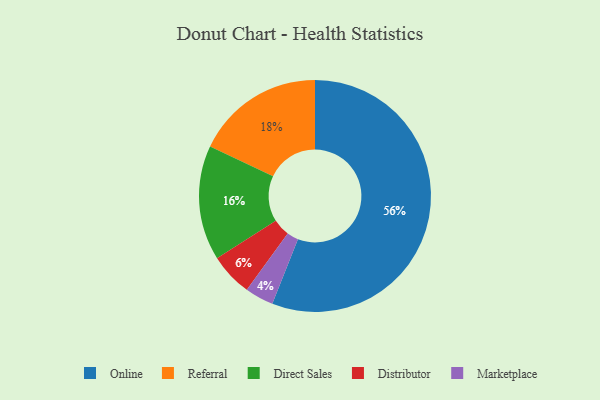
{"axis": {"x": "Category", "y": "Percentage"}, "legend": ["Direct Sales", "Distributor", "Marketplace", "Online", "Referral"], "data": [{"x": "Referral", "y": 18, "type": "Referral"}, {"x": "Marketplace", "y": 4, "type": "Marketplace"}, {"x": "Online", "y": 56, "type": "Online"}, {"x": "Distributor", "y": 6, "type": "Distributor"}, {"x": "Direct Sales", "y": 16, "type": "Direct Sales"}]}